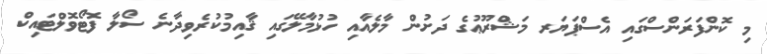
މި ކޮންފަރަންސްގައި އެސްޕަޔަރ މަޝްރޫޢުގެ ދަށުން މާލެއާއި ހުޅުމާލޭގައި ޤާއިމުކުރެވިދާނެ ސޯލާ ފޮޓޯވޮލްޓައިކް